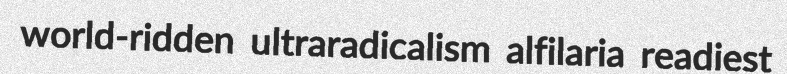
world-ridden ultraradicalism alfilaria readiest